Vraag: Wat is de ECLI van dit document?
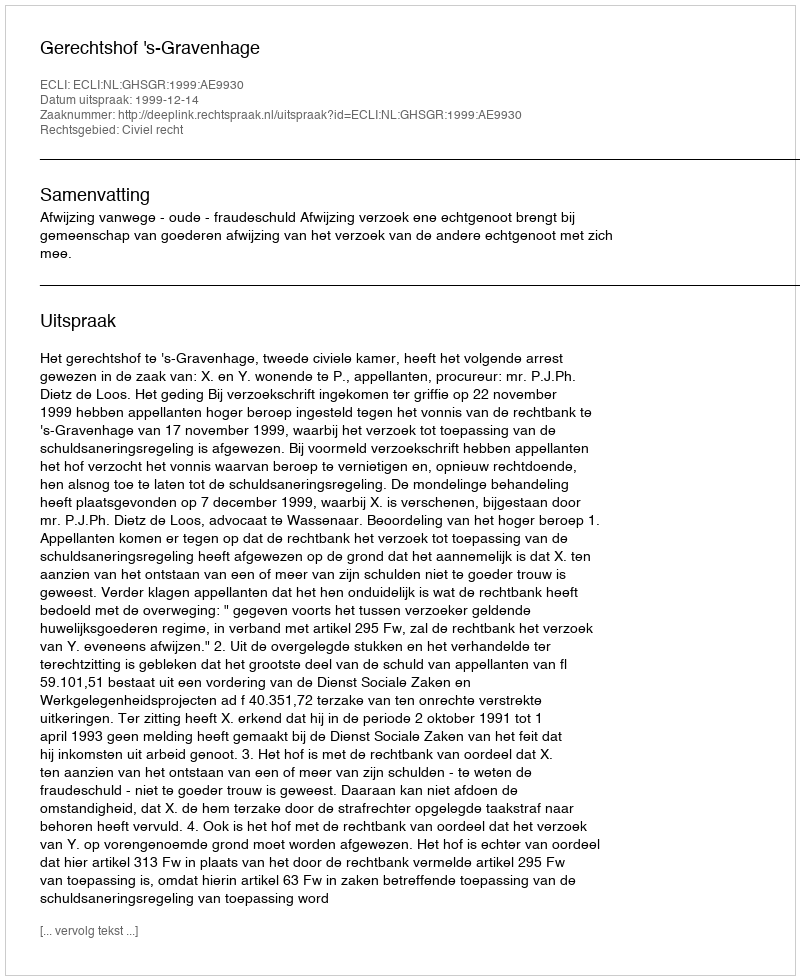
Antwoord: ECLI:NL:GHSGR:1999:AE9930